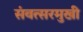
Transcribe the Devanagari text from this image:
संवत्सरमुखी